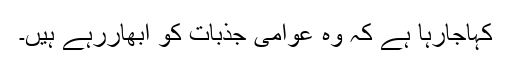
کہاجارہا ہے کہ وہ عوامی جذبات کو ابھاررہے ہیں۔